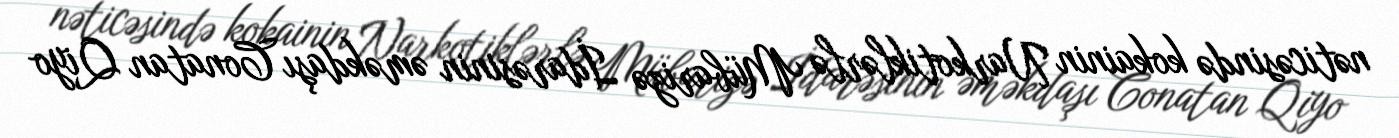
nəticəsində kokainin Narkotiklərlə Mübarizə İdarəsinin əməkdaşı Conatan Qiyo